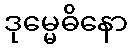
ဒုမ္မေဓိနော